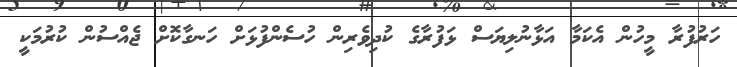
ހަރުފުރާ މީހުން އެކަމާ އަޅާނުލިޔަސް ޅަފުރާގެ ކުދިވެރިން ހުސެންފުޅަށް ހަނގާކޮށް ޖެއްސުން ކުރުމަކީ